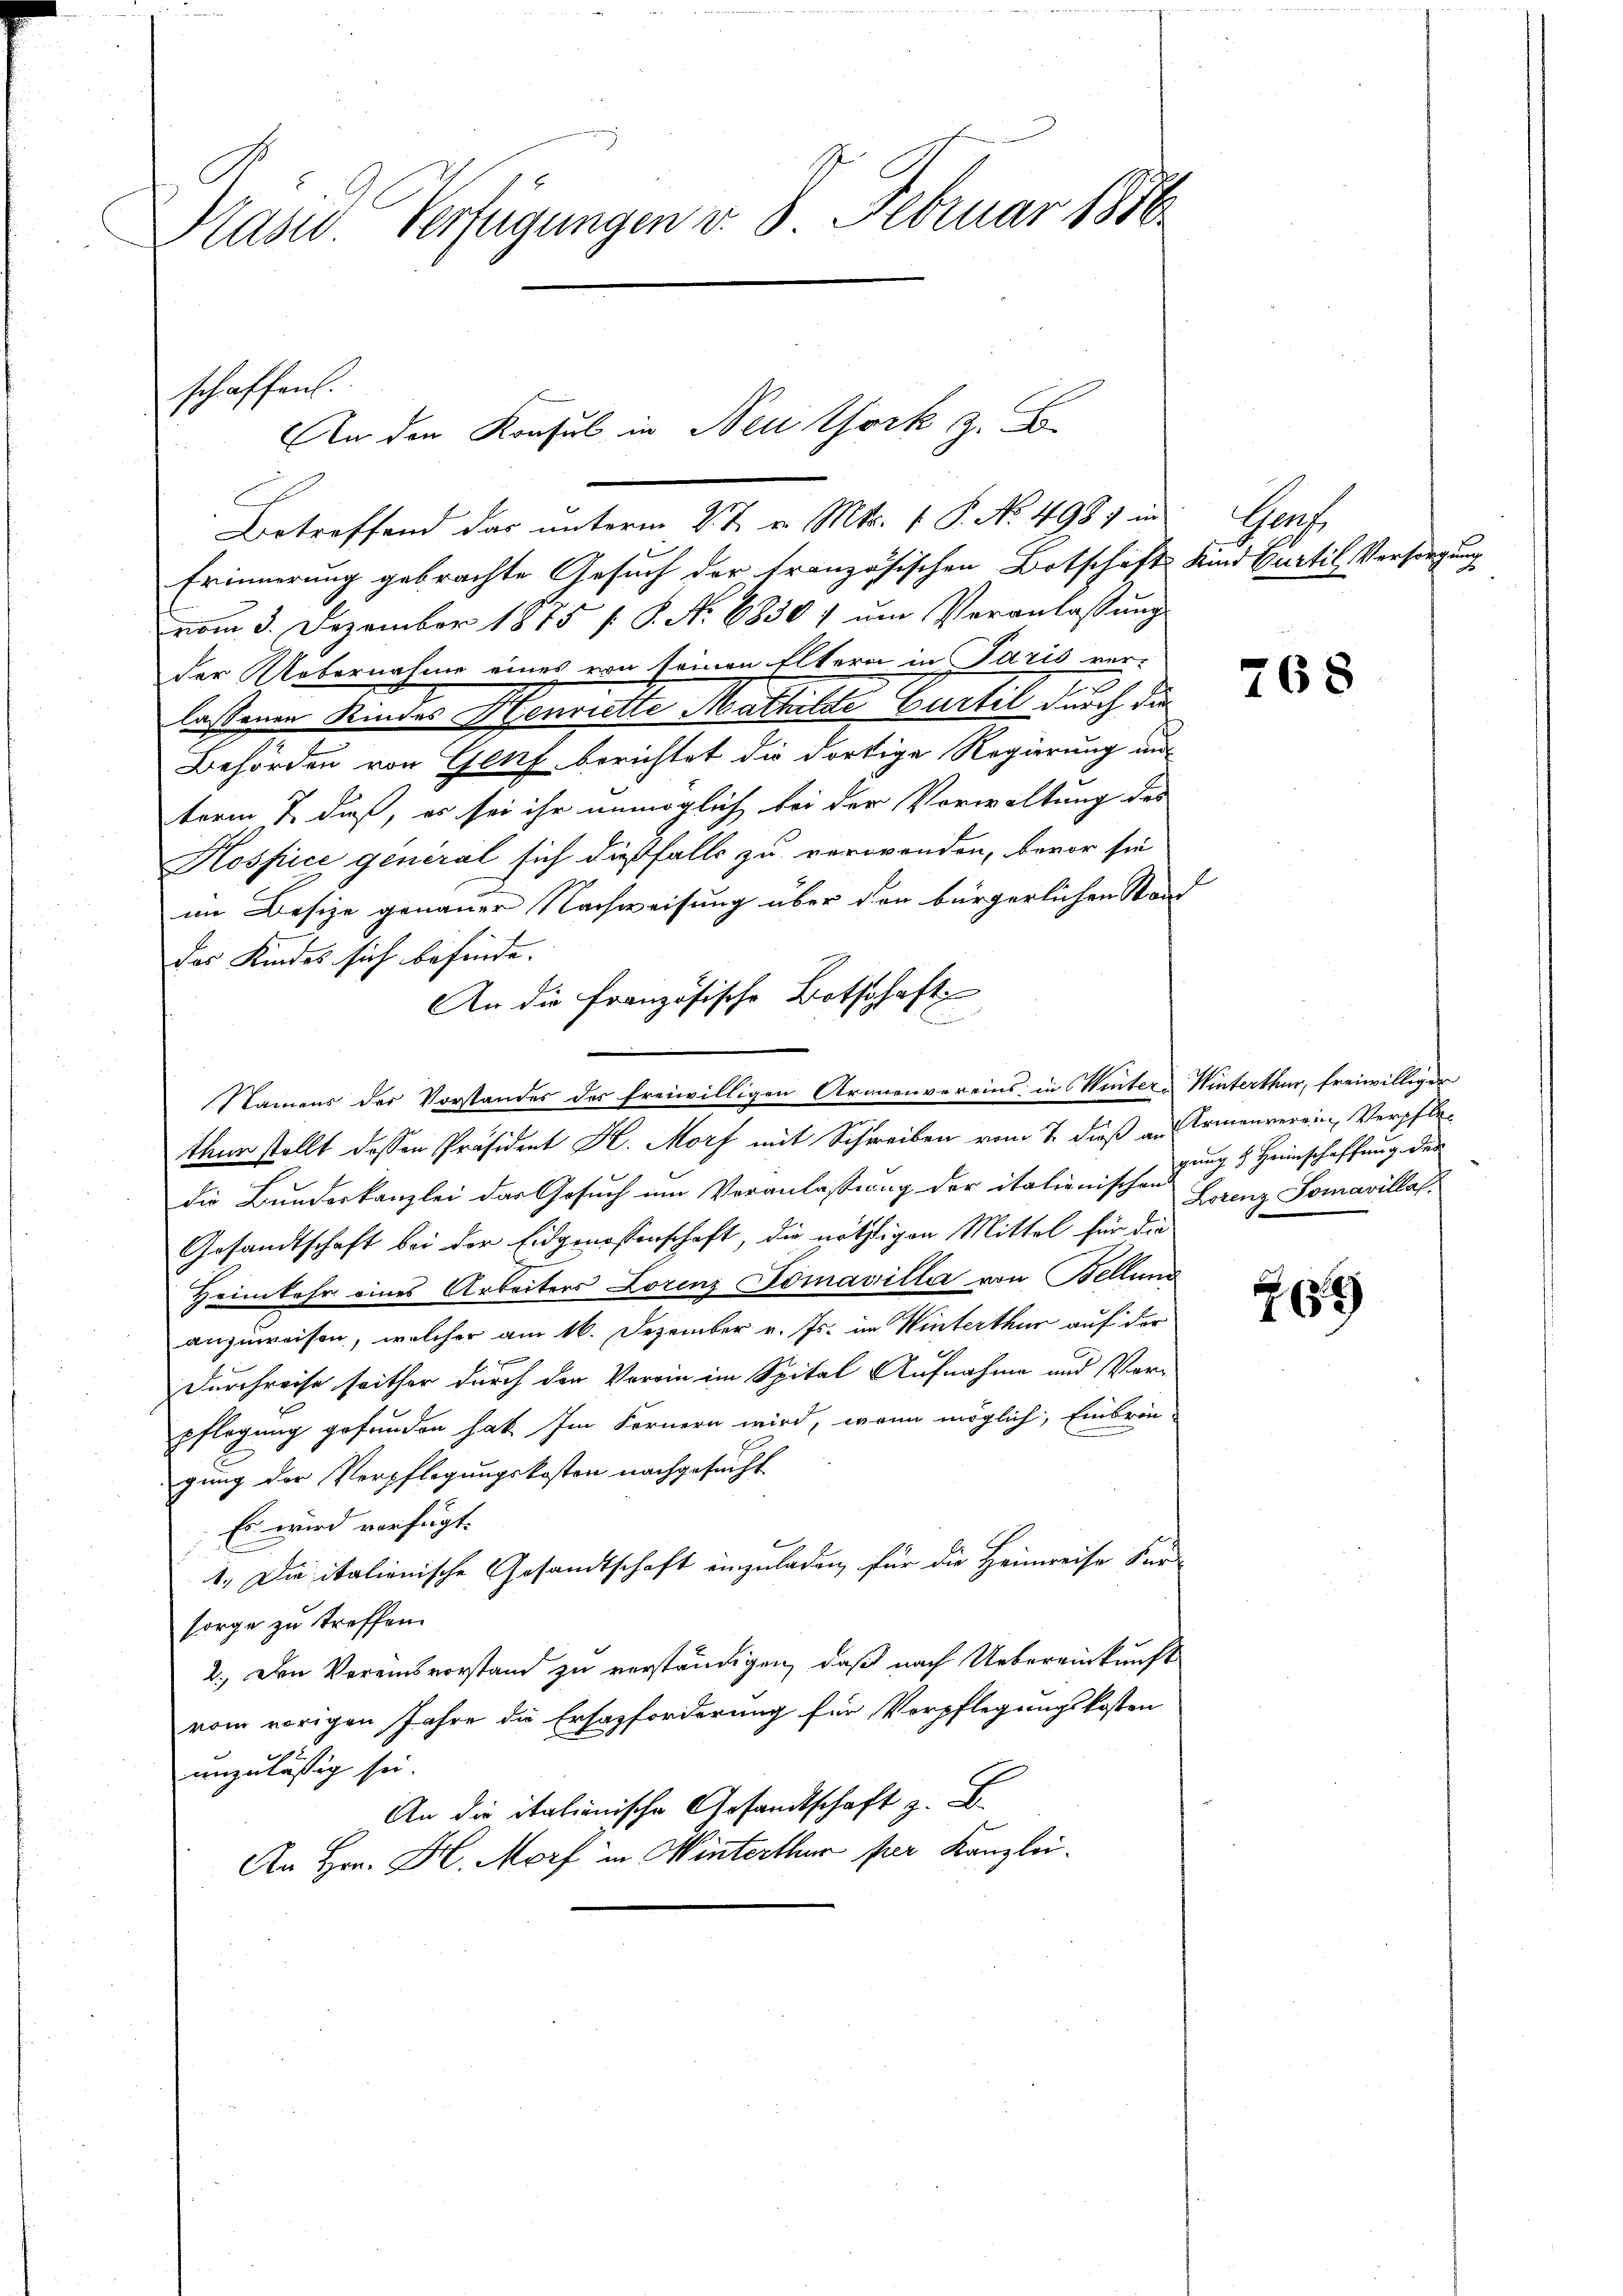
Präside Verfügungen v. 8. Februar 1816

schaffen.
An den Konsul in Neuthork z. B.
Betreffend das unterm 2 t v. Mts. 1 P. No. 498. in

Erinnerung gebrachte Gesuch der französischen Botschaft Kind Curtil, Versorgung
vom 3. Dezember 1875 f. S. N. 68501 um Veranlassung
der Uebernahme eines von seinen Eltern in Paris ver-
lassenen Kindes Henrielle Mathilde Gurtil durch die
Behörden von Genf berichtet die dortige Regierung auf
term 7. dieß, es sei ihr unmöglich bei der Verwaltung des
Hospice general sich dießfalls zu verwenden, bevor sie
im Besize genauer Nachweisung über den bürgerlichen Stand
das Kindes sich befinde.
An die französische Botschaft
Namens der Vorstandes des freiwilligen Armenvereins in Winter-Winterthur, freiwilliger
thur stellt dessen Präsident H. Morf mit Schreiben vom 7. dieß an Armenverein, Verpfledie Bundeskanzlei das Gesuch um Veranlassung der italienischengung & Heimschaffung der
Gesandtschaft bei der Eidgenossenschaft, die nöthigen Mittel für die
Heimkehr eines Arbeiters Lorenz Tomavillia von Bellung
anzuweisen, welcher am 16. Dezember v. Js. im Winterthur auf der
Durchreise seither durch den Verein im Spital Aufnahme und Verpflegung gefunden hat. Im Fernern wird, wenn möglich, Einbrin-
gung der Verpflegungskosten nachgesucht.
Es wird verfügt.
1., Die italienische Gesandtschaft einzuladen, für die Heimreise Für-
sorge zu treffen.
2.) Den Vereinsvorstand zu verständigen, daß nach Uebereinkunft
vom vorigen Jahre die Erfazforderung für Verpflegungskosten
unzulässig sei.
An die itationische Gesandtschaft z. B.
An Hrn. H. Morf in Winterthur für Kanzlei.

Grah

768

269

Lorenz Tomavilla